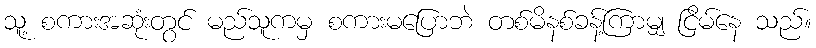
သူ့ စကားအဆုံးတွင် မည်သူကမှ စကားမပြောဘဲ တစ်မိနစ်ခန့်ကြာမျှ ငြိမ်နေ သည်။